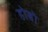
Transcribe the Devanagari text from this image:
होबो